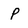
Character: p